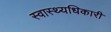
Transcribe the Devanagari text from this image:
स्वास्थ्यधिकारी